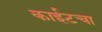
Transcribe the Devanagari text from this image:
काईटचा